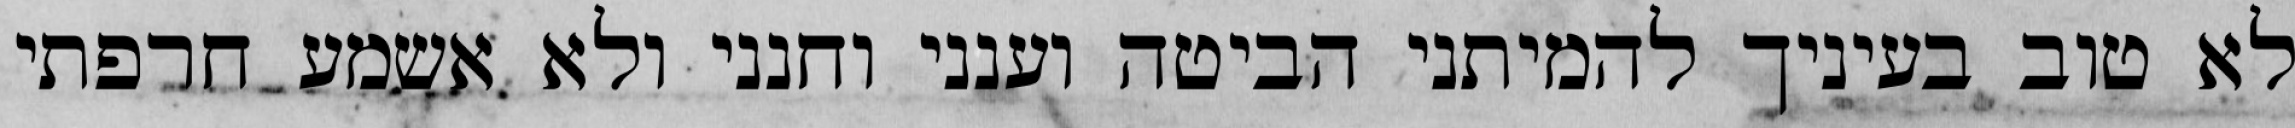
לא טוב בעיניך להמיתני הביטה וענני וחנני ולא אשמע חרפתי